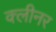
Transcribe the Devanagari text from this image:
क्‍लीनर